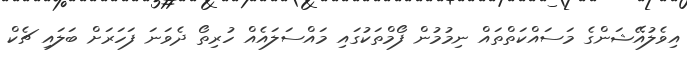
އިވެލުއޭޝަންގެ މަސައްކަތްތައް ނިމުމުން ފޯމްތަކުގައި މައްސަލައެއް ހުރިތޯ ދެވަނަ ފަހަރަށް ބަލައި ޗެކް